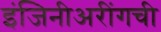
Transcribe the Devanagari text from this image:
इंजिनीअरींगची